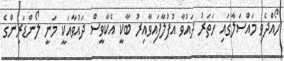
ހޯއްދެވި މައްސަލާގައި ހަތަރު ދައުވާ އުފުލާފައިވާއިރު ބާކީ އެކާވީސް ދައުވާއަކީ މަނީ ލޯންޑަރިންގެ